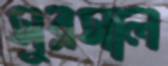
সুরসাল